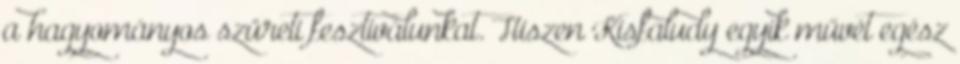
a hagyományos szüreti fesztiválunkat. Hiszen Kisfaludy egyik művét egész